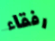
رفقاء